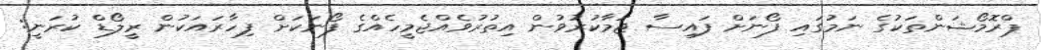
ޕްރޮމޯޝަންތަކުގެ ނަމުގައި ފޯނަށް ފައިސާ ޖަމާކުރުވުން އިތުރުވެއްޖެމީހެއްގެ ފޯނަކަށް ފިހާރައަކުން ރީލޯޑް ކުރަނީ: